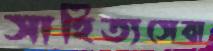
সাহিত্যসেবা